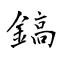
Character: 鎬